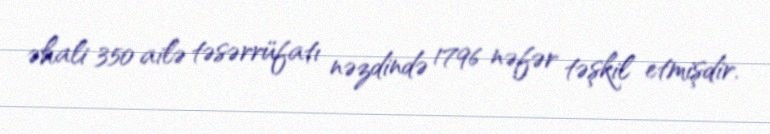
əhali 350 ailə təsərrüfatı nəzdində 1796 nəfər təşkil etmişdir.